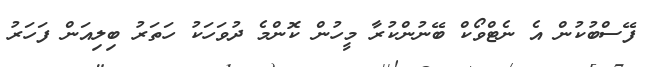
ފޭސްބުކުން އެ ނެޓްވޯކް ބޭނުންކުރާ މީހުން ކޮންމެ ދުވަހަކު ހަތަރު ބިލިއަން ފަހަރު